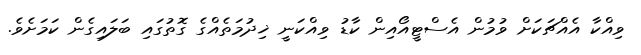
ވިއްކާ އެއްޗަކަށް ވުމުން އެސްޓީއޯއިން ކާޑު ވިއްކަނީ ޚިދުމަތެއްގެ ގޮތުގައި ބަލައިގެން ކަމަށެވެ.